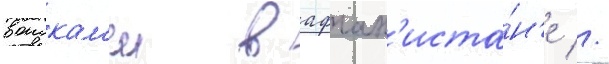
воискам'и в афган'иста́н'е //